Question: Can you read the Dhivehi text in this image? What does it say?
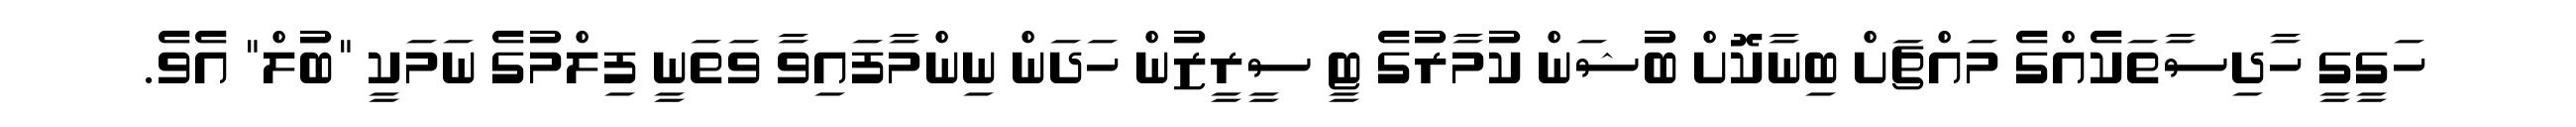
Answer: ހަގީގީ ހާދިސާތަކެއްގެ މައްޗަށް ބިނާކޮށް ބުޝަން ކުމާރުގެ ޓީ ސީރީޒުން ހަދަން ނިންމާފައިވާ ވަތަނީ ފިލްމުގެ ނަމަކީ "ބުލް" އެވެ.